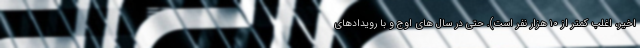
اخیر، اغلب کمتر از ۱۰ هزار نفر است). حتی در سال های اوج و با رویدادهای